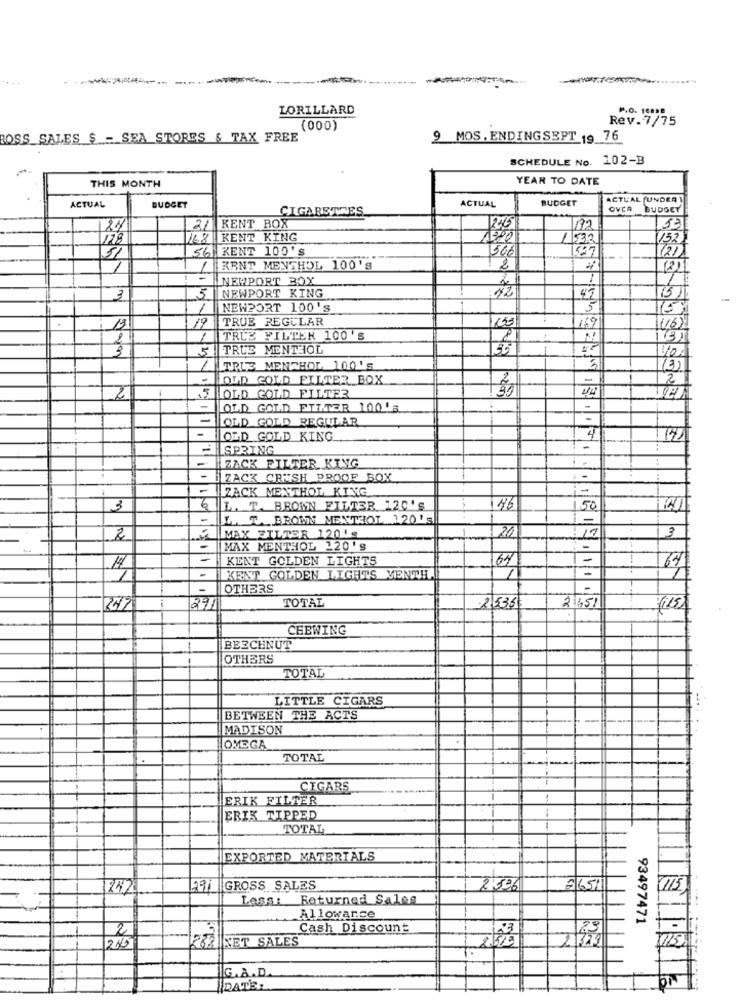
LORILLARD
Rev.7/75
(000)
ROSS_SALES $ - SEA STORES & TAX FREE
9 MOS.ENDINGSEPT 19 76
SCHEDULE No. 102-B
YEAR TO DATE
THIS MONTH
ACTUAL
BUDGET
ACTUAL (UNDER
ACTUAL
BUDGET
CIGARETTES
OVCA BUDGET
24
2/ KENT BOX
331
128
4X KENT KING
4:20
4533
152)
56 RENT 100'S
566
( 2)
1
KENT MENTHOL 100'S
2
(2)
-
NEWPORT BOY
1
3
5
NEWPORT KING
72
47
15
NEWPORT 100's
19
TRUE REGULAR
169
(16)
2
1
TRUE FILTER 100 's
791
5
TRUE MENTHOL
1
TRUE MENTHOL 100'S
(3)
-
OLD GOLD FILTER BOX
-
OLD GOLD FILTER
44
2
OLD GOLD FILTER 100'S
-
OLD GOLD REGULAR
-
LOLD GOLD KING
4
-
SPRING
-
-
ZACK FILTER KING
-
ZACK CRUSH PROOF BOX
-
ZACK MENTHOL KING
3
6
IL. T. BROWN FILTER 12C'S
46
-
L. T. BROWN MENTHOL 120's
20
3
2
MAX FILTER 1201g
-
MAX MENTHOL 220'S
=
KENT GOLDEN LIGHTS
64
64
14.
-
KENT GOLDEN LIGHTS MENTH.
OTHERS
TOTAL
291
21536
.41615 1 1 1 1 5
(11)
CHEWING
BEECHNUT
OTHERS
TOTAL
LITTLE CIGARS
BETWEEN THE ACTS
MADISON
OMEGA
TOTAL
CEGARS
ERIK FILTER
ERIK TIPPED
TOTAL
EXPORTED MATERIALS
242
791
GROSS SALES
2,506
3651
Less: Returned Sales
Allowance
93497471
2
Cash Discount
23
233 NET SALES
G.A.D
DATE: